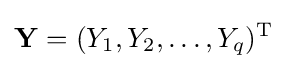
\mathbf {Y} =(Y_{1},Y_{2},\ldots ,Y_{q})^{\rm {T}}